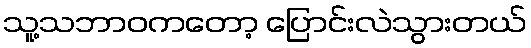
သူ့သဘာဝကတော့ ပြောင်းလဲသွားတယ်